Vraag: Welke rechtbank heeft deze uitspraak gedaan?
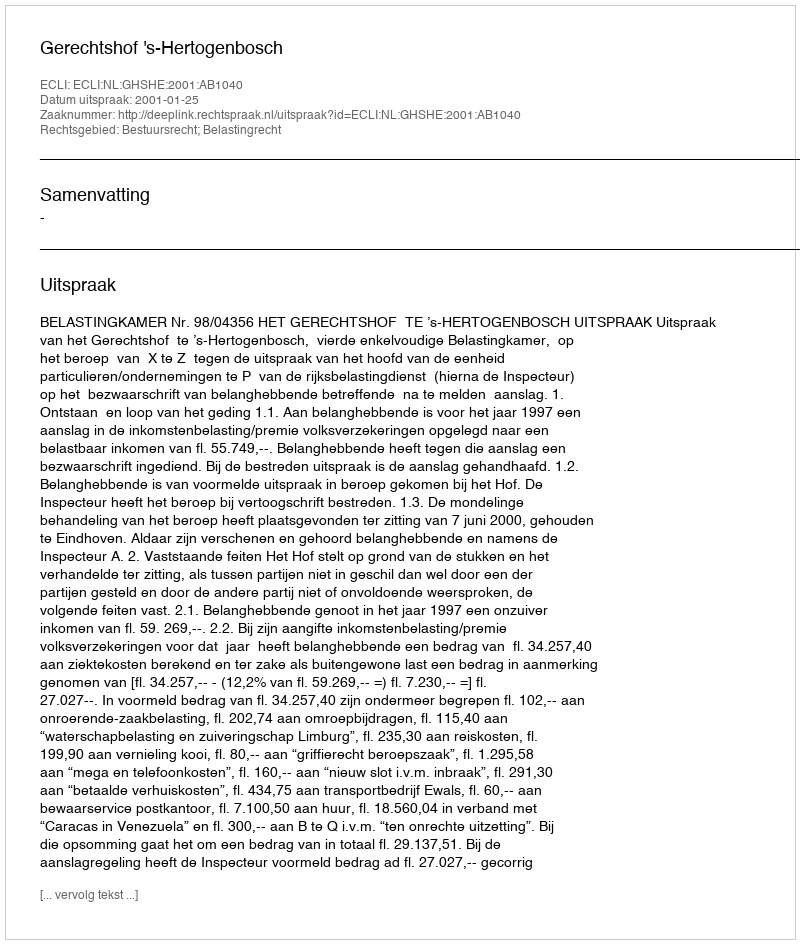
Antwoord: Gerechtshof 's-Hertogenbosch